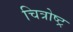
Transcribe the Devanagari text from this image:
चित्रोष्ट्र